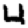
Digit: 4